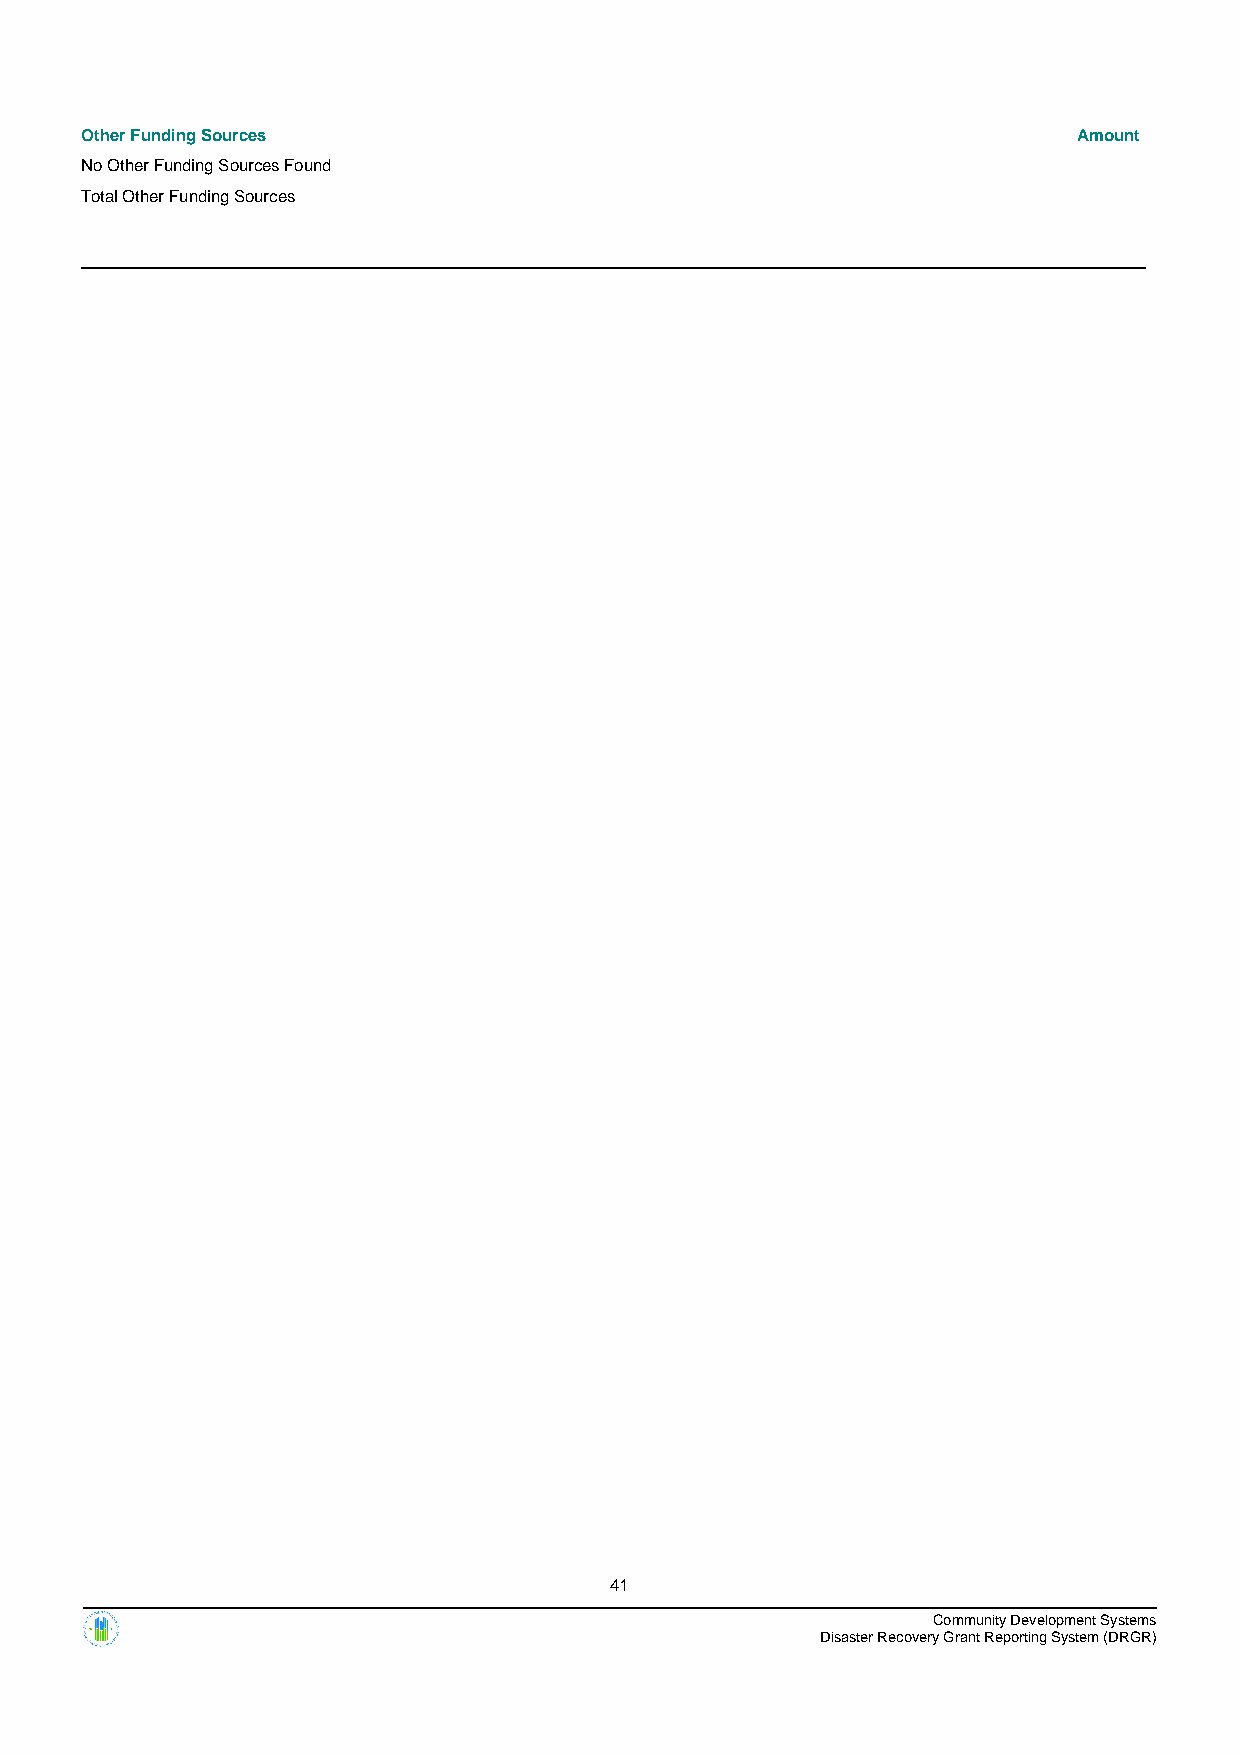
Other Funding Sources                                             Amount
 No Other Funding Sources Found
 Total Other Funding Sources
 41
 Community Development Systems
 Disaster Recovery Grant Reporting System (DRGR)